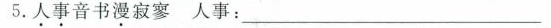
5.人事音书漫寂寥人事：_____